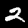
Label: 2